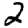
Digit: 2